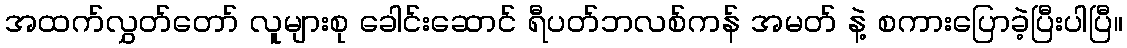
အထက်လွှတ်တော် လူများစု ခေါင်းဆောင် ရီပတ်ဘလစ်ကန် အမတ် နဲ့ စကားပြောခဲ့ပြီးပါပြီ။